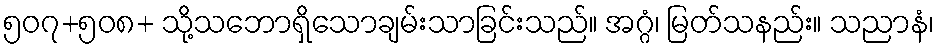
၅၀၇+၅၀၈+ သို့သဘောရှိသောချမ်းသာခြင်းသည်။ အဂ္ဂံ၊ မြတ်သနည်း။ သညာနံ၊